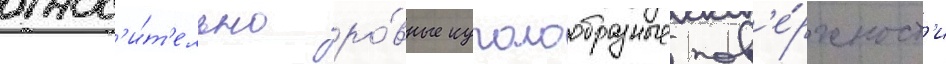
относ'и́т'ельно ро́вные куполообразные пов'е́рхност'и